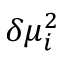
\delta \mu _ { i } ^ { 2 }